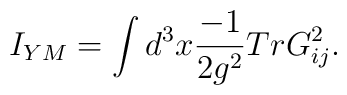
I_{YM}=\int d^3x  \frac{-1}{2g^2}TrG_{ij}^2 .